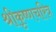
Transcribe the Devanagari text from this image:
श्रीकृष्णचरित्र